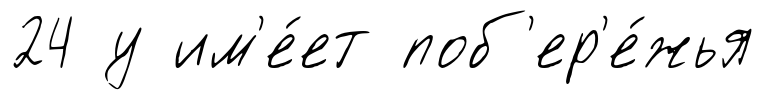
24 у им'е́ет поб'ер'е́жья